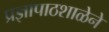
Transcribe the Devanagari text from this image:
प्रज्ञापाठशाळेने